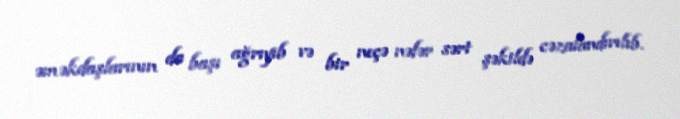
əməkdaşlarının da başı ağrıyıb və bir neçə nəfər sərt şəkildə cəzalandırılıb.